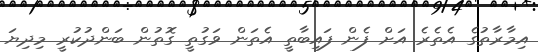
އިމާރާތުގެ އެތެރެ އަށް ފެން ފައިބާތީ އެތަން ވަގުތީ ގޮތުން ބަންދުކުރީ މިދިޔަ